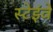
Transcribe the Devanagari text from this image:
स्टेइंवे